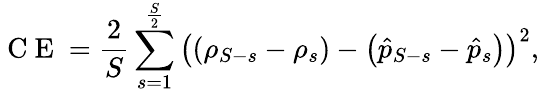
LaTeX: \mathrm{~C~E~}=\frac{2}{S}\sum_{s=1}^{\frac{S}{2}}\left(\left(\rho_{S-s}-\rho_{s}\right)-\left(\hat{p}_{S-s}-\hat{p}_{s}\right)\right)^{2},